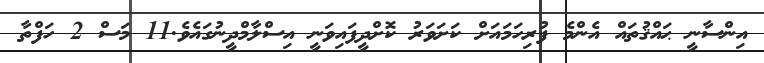
އިންސާނީ ޙައްޤުތައް އެންމެ ފުރިހަމައަށް ކަށަވަރު ކޮށްދީފައިވަނީ އިސްލާމްދީނުގައެވެ.11 މަސް 2 ހަފްތާ